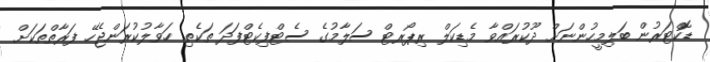
ޑޮކްޓަރުން ބަލިމީހުންނަށް ދޫކުރައްވާ މެޑިކަލް ރިޕޯރޓް ސަލާމުގެ ސެޓްފިކެޓްފަދަ ތަކެތި ހަވާލުކުރަންޖެހޭ ފަރާތްތަކަށް